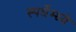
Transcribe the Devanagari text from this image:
स्पर्धेम्ध्ये